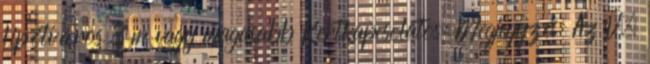
Lipótváros 3 m vagy magasabb Kertkapcsolatos: Megjegyzés: Az V.